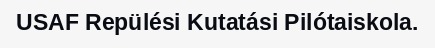
USAF Repülési Kutatási Pilótaiskola.